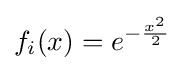
f_{i}(x)=e^{-{\frac {x^{2}}{2}}}